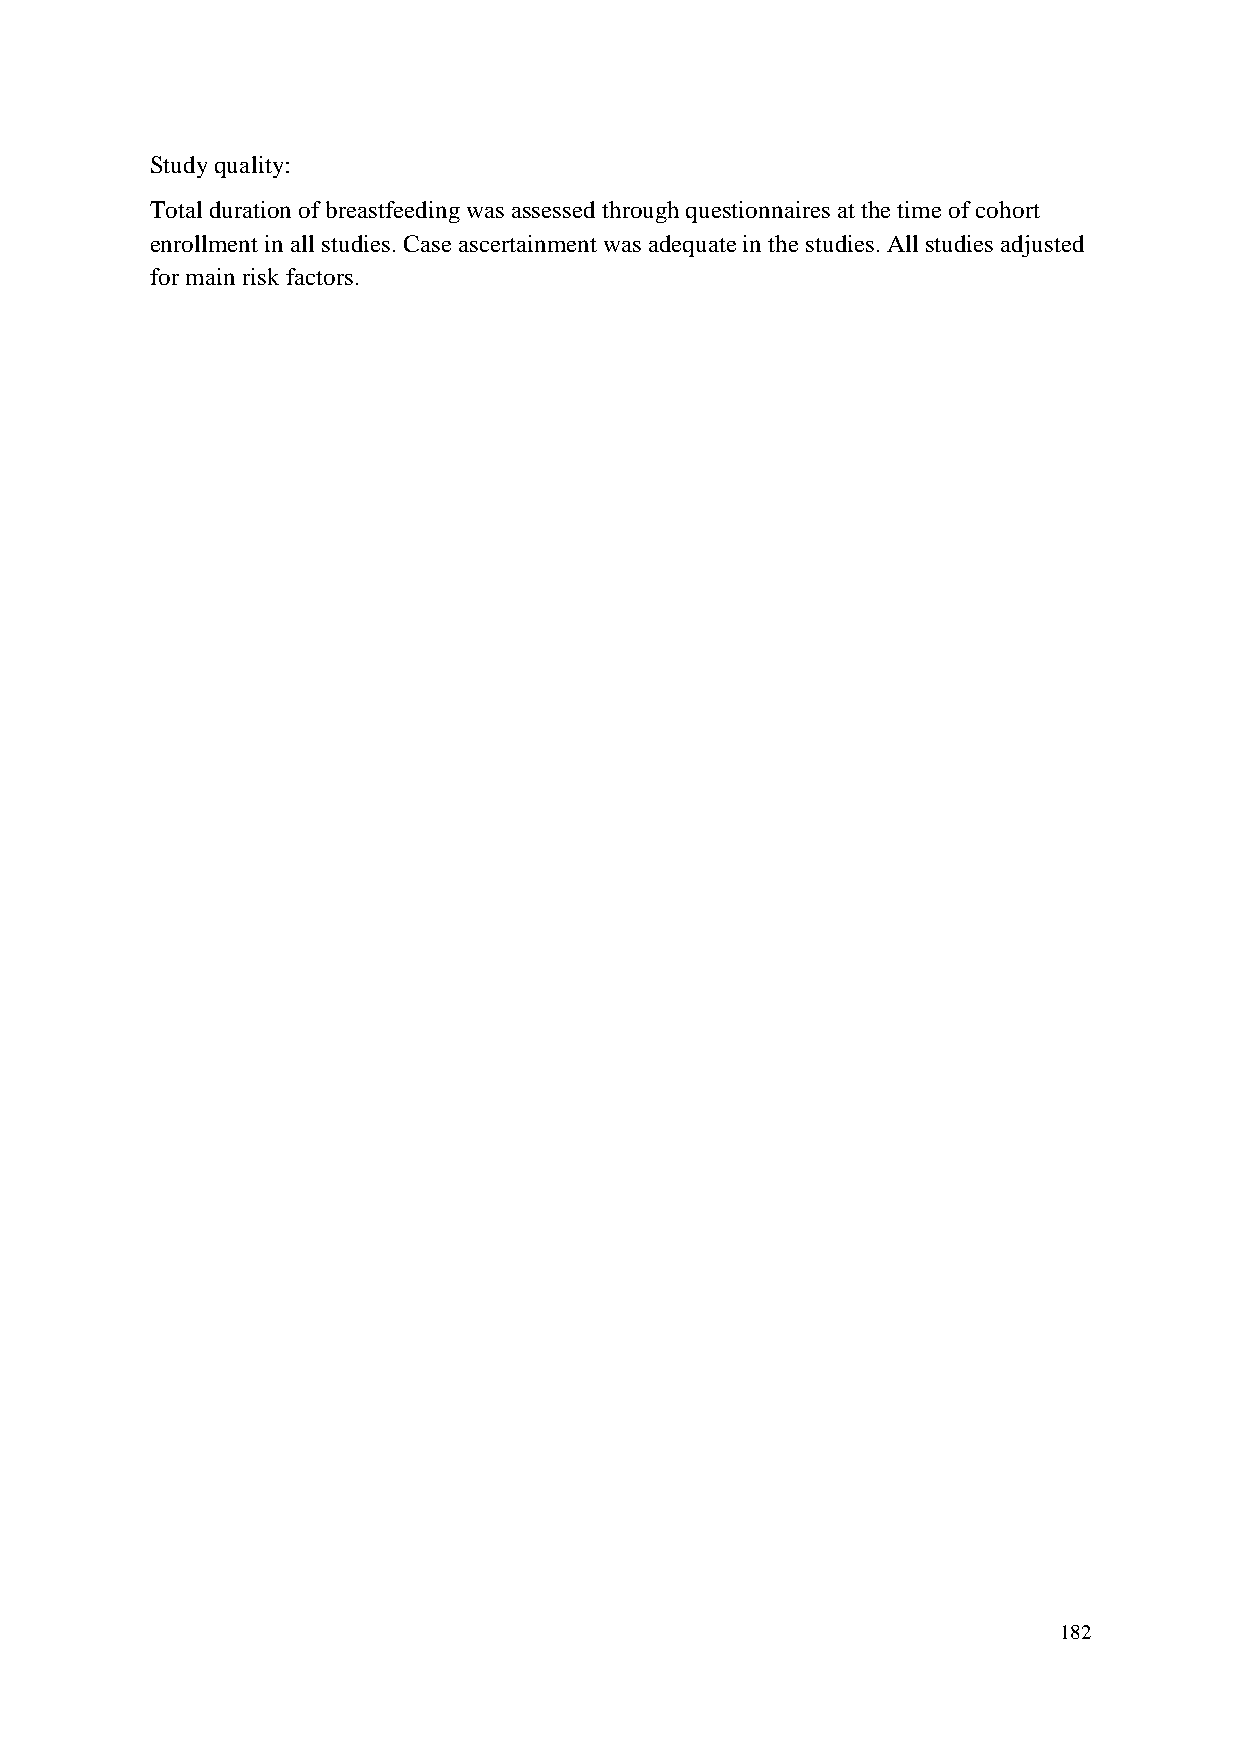
Study quality:
 Total duration of breastfeeding was assessed through questionnaires at the time of cohort
 enrollment in all studies. Case ascertainment was adequate in the studies. All studies adjusted
 for main risk factors.
 182